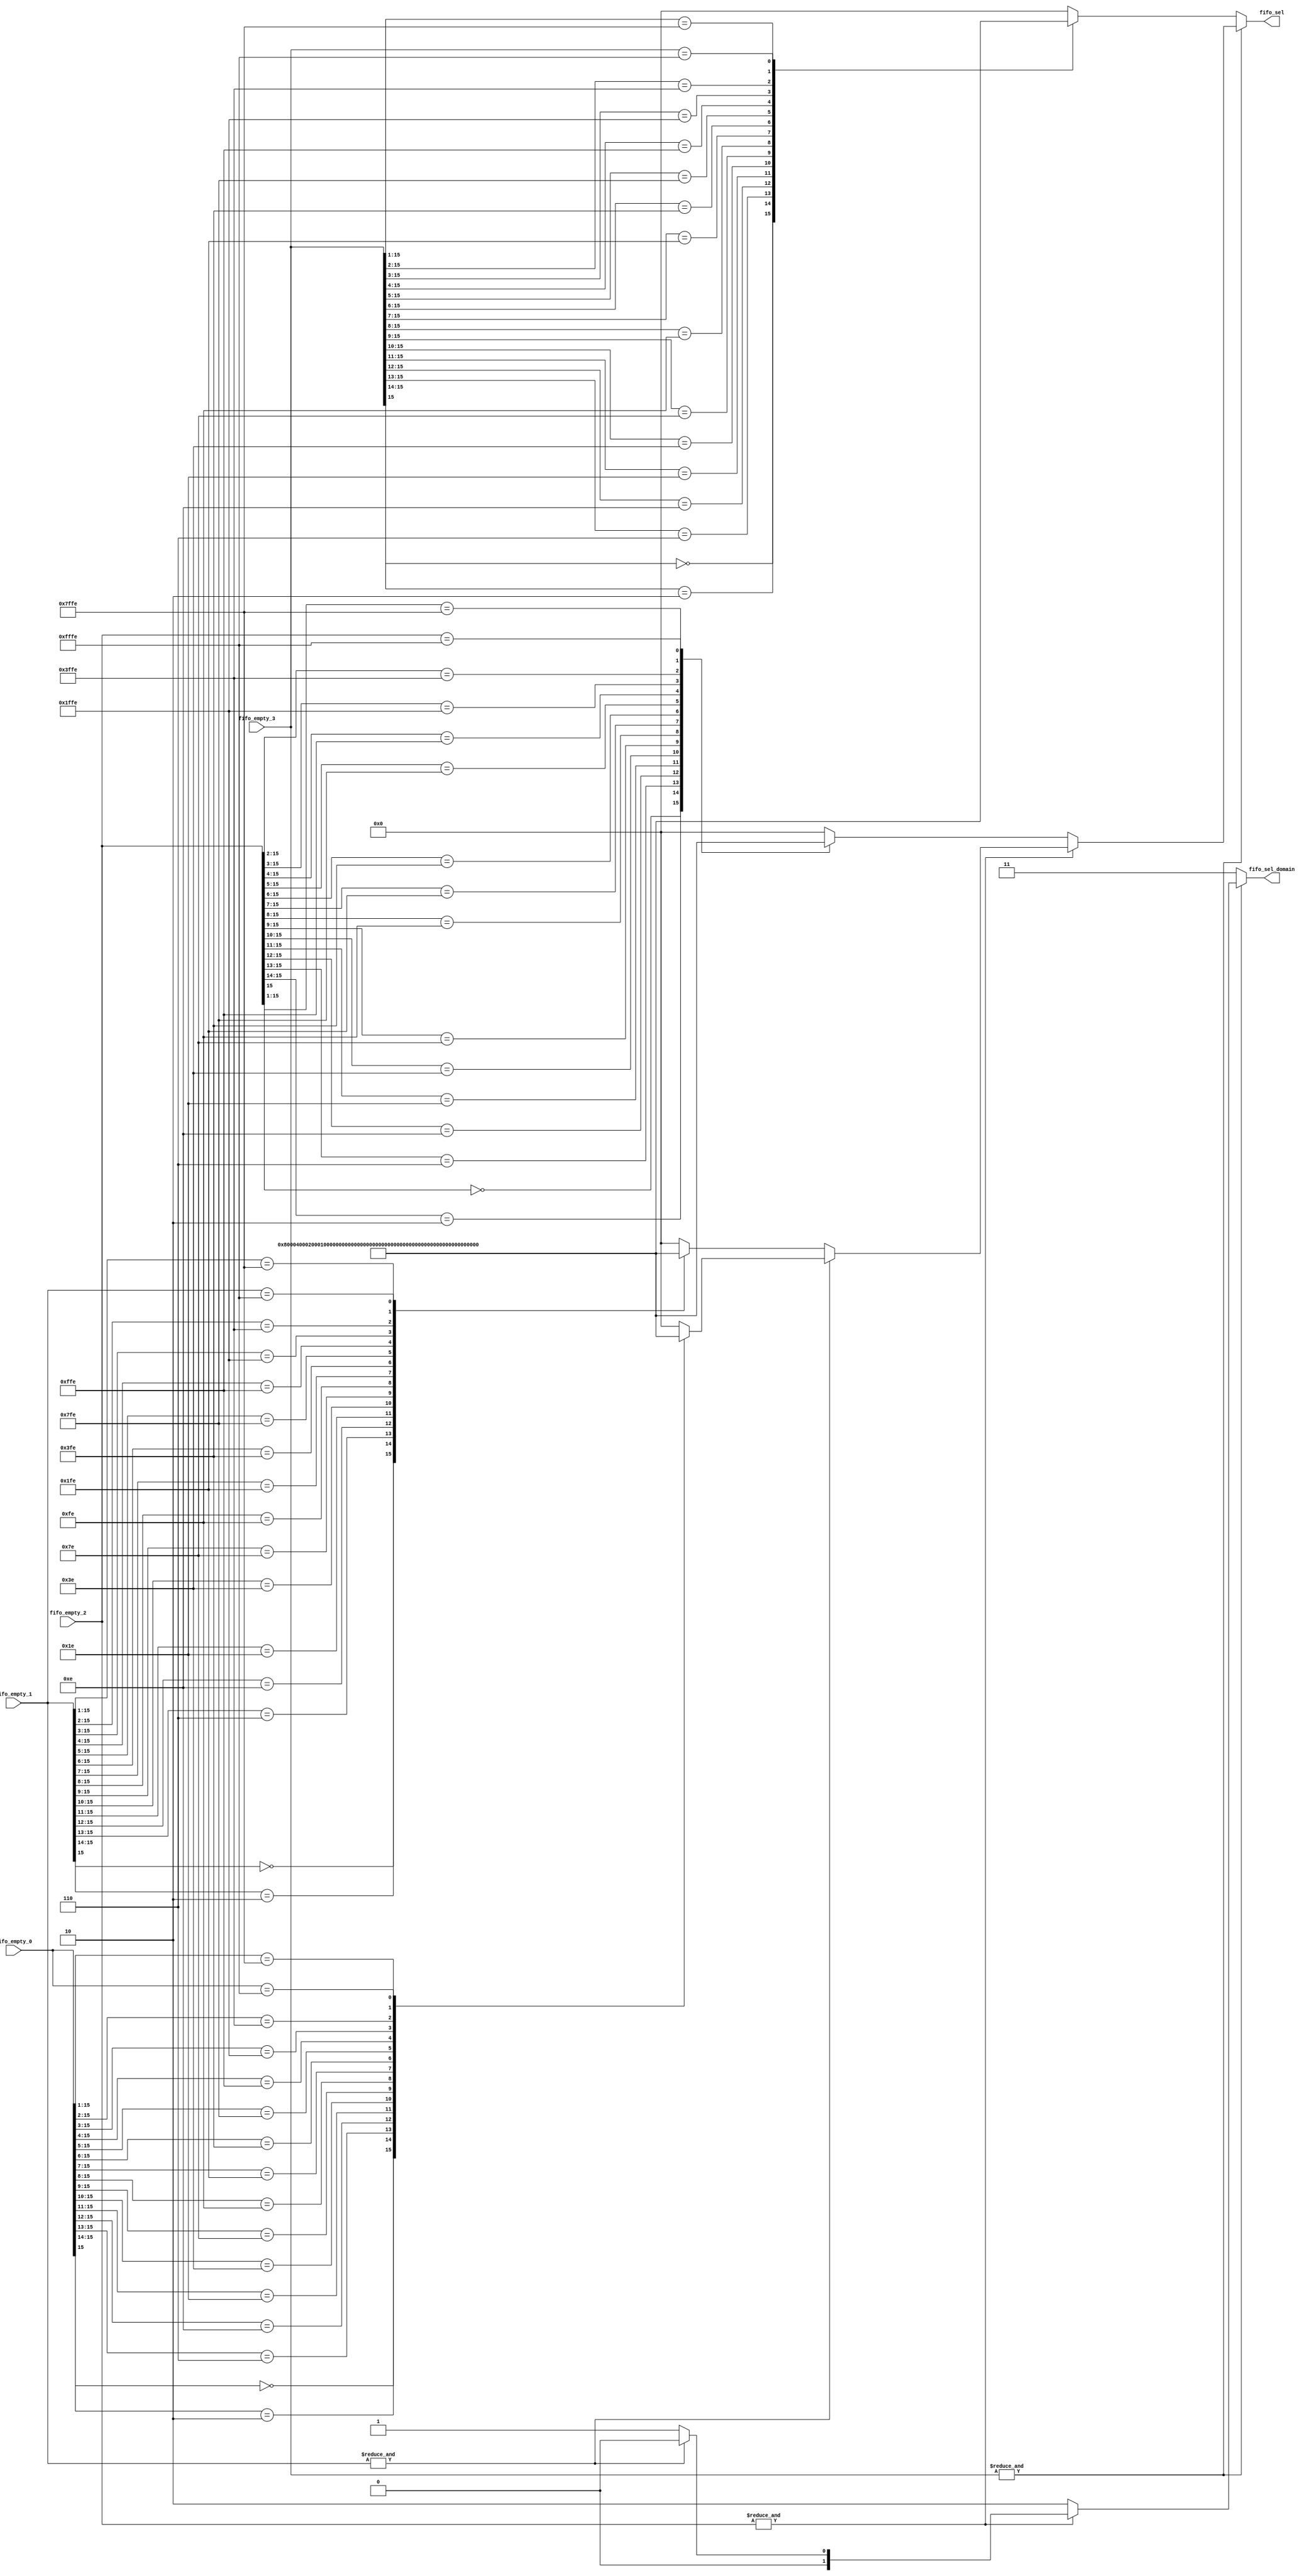
`timescale 1ns/1ns
module encode (
    fifo_empty_0, fifo_empty_1, fifo_empty_2, fifo_empty_3,
    fifo_sel, fifo_sel_domain
);

input  [0:15] fifo_empty_0, fifo_empty_1, fifo_empty_2, fifo_empty_3;
output [0:15] fifo_sel;
output [1:0]  fifo_sel_domain;

function [0:15] encode;
input [0:15] a;
input [0:15] b;
input [0:15] c;
input [0:15] d;
integer i;
begin
    if (!(&d))
        casex (d)
        16'b0xxxxxxxxxxxxxxx: encode = 16'b1000000000000000;
        16'b10xxxxxxxxxxxxxx: encode = 16'b0100000000000000;
        16'b110xxxxxxxxxxxxx: encode = 16'b0010000000000000;
        16'b1110xxxxxxxxxxxx: encode = 16'b0001000000000000;
        16'b11110xxxxxxxxxxx: encode = 16'b0000100000000000;
        16'b111110xxxxxxxxxx: encode = 16'b0000010000000000;
        16'b1111110xxxxxxxxx: encode = 16'b0000001000000000;
        16'b11111110xxxxxxxx: encode = 16'b0000000100000000;
        16'b111111110xxxxxxx: encode = 16'b0000000010000000;
        16'b1111111110xxxxxx: encode = 16'b0000000001000000;
        16'b11111111110xxxxx: encode = 16'b0000000000100000;
        16'b111111111110xxxx: encode = 16'b0000000000010000;
        16'b1111111111110xxx: encode = 16'b0000000000001000;
        16'b11111111111110xx: encode = 16'b0000000000000100;
        16'b111111111111110x: encode = 16'b0000000000000010;
        16'b1111111111111110: encode = 16'b0000000000000001;
        default:              encode = 16'b0000000000000000;
        endcase
    else if (!(&c))
        casex (c)
        16'b0xxxxxxxxxxxxxxx: encode = 16'b1000000000000000;
        16'b10xxxxxxxxxxxxxx: encode = 16'b0100000000000000;
        16'b110xxxxxxxxxxxxx: encode = 16'b0010000000000000;
        16'b1110xxxxxxxxxxxx: encode = 16'b0001000000000000;
        16'b11110xxxxxxxxxxx: encode = 16'b0000100000000000;
        16'b111110xxxxxxxxxx: encode = 16'b0000010000000000;
        16'b1111110xxxxxxxxx: encode = 16'b0000001000000000;
        16'b11111110xxxxxxxx: encode = 16'b0000000100000000;
        16'b111111110xxxxxxx: encode = 16'b0000000010000000;
        16'b1111111110xxxxxx: encode = 16'b0000000001000000;
        16'b11111111110xxxxx: encode = 16'b0000000000100000;
        16'b111111111110xxxx: encode = 16'b0000000000010000;
        16'b1111111111110xxx: encode = 16'b0000000000001000;
        16'b11111111111110xx: encode = 16'b0000000000000100;
        16'b111111111111110x: encode = 16'b0000000000000010;
        16'b1111111111111110: encode = 16'b0000000000000001;
        default:              encode = 16'b0000000000000000;
        endcase
    else if (!(&b))
        casex (b)
        16'b0xxxxxxxxxxxxxxx: encode = 16'b1000000000000000;
        16'b10xxxxxxxxxxxxxx: encode = 16'b0100000000000000;
        16'b110xxxxxxxxxxxxx: encode = 16'b0010000000000000;
        16'b1110xxxxxxxxxxxx: encode = 16'b0001000000000000;
        16'b11110xxxxxxxxxxx: encode = 16'b0000100000000000;
        16'b111110xxxxxxxxxx: encode = 16'b0000010000000000;
        16'b1111110xxxxxxxxx: encode = 16'b0000001000000000;
        16'b11111110xxxxxxxx: encode = 16'b0000000100000000;
        16'b111111110xxxxxxx: encode = 16'b0000000010000000;
        16'b1111111110xxxxxx: encode = 16'b0000000001000000;
        16'b11111111110xxxxx: encode = 16'b0000000000100000;
        16'b111111111110xxxx: encode = 16'b0000000000010000;
        16'b1111111111110xxx: encode = 16'b0000000000001000;
        16'b11111111111110xx: encode = 16'b0000000000000100;
        16'b111111111111110x: encode = 16'b0000000000000010;
        16'b1111111111111110: encode = 16'b0000000000000001;
        default:              encode = 16'b0000000000000000;
        endcase
    else
        casex (a)
        16'b0xxxxxxxxxxxxxxx: encode = 16'b1000000000000000;
        16'b10xxxxxxxxxxxxxx: encode = 16'b0100000000000000;
        16'b110xxxxxxxxxxxxx: encode = 16'b0010000000000000;
        16'b1110xxxxxxxxxxxx: encode = 16'b0001000000000000;
        16'b11110xxxxxxxxxxx: encode = 16'b0000100000000000;
        16'b111110xxxxxxxxxx: encode = 16'b0000010000000000;
        16'b1111110xxxxxxxxx: encode = 16'b0000001000000000;
        16'b11111110xxxxxxxx: encode = 16'b0000000100000000;
        16'b111111110xxxxxxx: encode = 16'b0000000010000000;
        16'b1111111110xxxxxx: encode = 16'b0000000001000000;
        16'b11111111110xxxxx: encode = 16'b0000000000100000;
        16'b111111111110xxxx: encode = 16'b0000000000010000;
        16'b1111111111110xxx: encode = 16'b0000000000001000;
        16'b11111111111110xx: encode = 16'b0000000000000100;
        16'b111111111111110x: encode = 16'b0000000000000010;
        16'b1111111111111110: encode = 16'b0000000000000001;
        default:              encode = 16'b0000000000000000;
        endcase
end
endfunction

assign fifo_sel = encode( fifo_empty_0, fifo_empty_1, fifo_empty_2, fifo_empty_3);
assign fifo_sel_domain = (!(&fifo_empty_3)) ? 2'b11 :
                         (!(&fifo_empty_2)) ? 2'b10 :
                         (!(&fifo_empty_1)) ? 2'b01 :
                         2'b00;
                         
endmodule

`timescale 1ns/1ns
module decode (
    fifo_sel, fifo_sel_domain,
    fifo_we_0, fifo_we_1, fifo_we_2, fifo_we_3
);

input  [0:15] fifo_sel;
input  [1:0]  fifo_sel_domain;
output [0:15] fifo_we_0, fifo_we_1, fifo_we_2, fifo_we_3;

assign fifo_we_0 = (fifo_sel_domain == 2'b00) ? fifo_sel : {16{1'b0}};
assign fifo_we_1 = (fifo_sel_domain == 2'b01) ? fifo_sel : {16{1'b0}};
assign fifo_we_2 = (fifo_sel_domain == 2'b10) ? fifo_sel : {16{1'b0}};
assign fifo_we_3 = (fifo_sel_domain == 2'b11) ? fifo_sel : {16{1'b0}};

endmodule